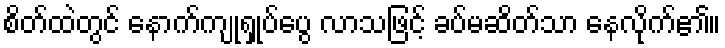
စိတ်ထဲတွင် နောက်ကျုရှုပ်ပွေ လာသဖြင့် ခပ်မဆိတ်သာ နေလိုက်၏။